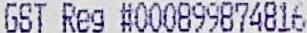
GST REG #000899874816